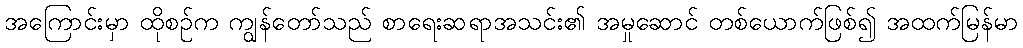
အကြောင်းမှာ ထိုစဉ်က ကျွန်တော်သည် စာရေးဆရာအသင်း၏ အမှုဆောင် တစ်ယောက်ဖြစ်၍ အထက်မြန်မာ